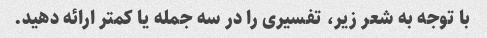
با توجه به شعر زیر، تفسیری را در سه جمله یا کمتر ارائه دهید.